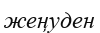
жеңуден